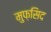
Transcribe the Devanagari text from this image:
मुफ़सिद